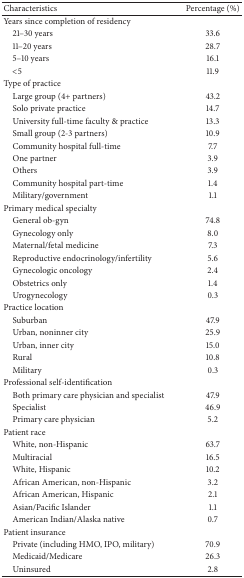
<table><thead><tr><td><b>Characteristics</b></td><td><b>Percentage (%)</b></td></tr></thead><tbody><tr><td>Years since completion of residency</td><td> </td></tr><tr><td> 21–30 years</td><td>33.6</td></tr><tr><td> 11–20 years</td><td>28.7</td></tr><tr><td> 5–10 years</td><td>16.1</td></tr><tr><td> &lt;5</td><td>11.9</td></tr><tr><td>Type of practice</td><td> </td></tr><tr><td> Large group (4+ partners)</td><td>43.2</td></tr><tr><td> Solo private practice</td><td>14.7</td></tr><tr><td> University full-time faculty &amp; practice</td><td>13.3</td></tr><tr><td> Small group (2-3 partners)</td><td>10.9</td></tr><tr><td> Community hospital full-time</td><td>7.7</td></tr><tr><td> One partner</td><td>3.9</td></tr><tr><td> Others</td><td>3.9</td></tr><tr><td> Community hospital part-time</td><td>1.4</td></tr><tr><td> Military/government</td><td>1.1</td></tr><tr><td>Primary medical specialty</td><td> </td></tr><tr><td> General ob-gyn</td><td>74.8</td></tr><tr><td> Gynecology only</td><td>8.0</td></tr><tr><td> Maternal/fetal medicine</td><td>7.3</td></tr><tr><td> Reproductive endocrinology/infertility</td><td>5.6</td></tr><tr><td> Gynecologic oncology</td><td>2.4</td></tr><tr><td> Obstetrics only</td><td>1.4</td></tr><tr><td> Urogynecology</td><td>0.3</td></tr><tr><td>Practice location</td><td> </td></tr><tr><td> Suburban</td><td>47.9</td></tr><tr><td> Urban, noninner city</td><td>25.9</td></tr><tr><td> Urban, inner city</td><td>15.0</td></tr><tr><td> Rural</td><td>10.8</td></tr><tr><td> Military</td><td>0.3</td></tr><tr><td>Professional self-identification</td><td> </td></tr><tr><td> Both primary care physician and specialist</td><td>47.9</td></tr><tr><td> Specialist</td><td>46.9</td></tr><tr><td> Primary care physician</td><td>5.2</td></tr><tr><td>Patient race</td><td> </td></tr><tr><td> White, non-Hispanic</td><td>63.7</td></tr><tr><td> Multiracial</td><td>16.5</td></tr><tr><td> White, Hispanic</td><td>10.2</td></tr><tr><td> African American, non-Hispanic</td><td>3.2</td></tr><tr><td> African American, Hispanic</td><td>2.1</td></tr><tr><td> Asian/Pacific Islander</td><td>1.1</td></tr><tr><td> American Indian/Alaska native</td><td>0.7</td></tr><tr><td>Patient insurance</td><td> </td></tr><tr><td> Private (including HMO, IPO, military)</td><td>70.9</td></tr><tr><td> Medicaid/Medicare</td><td>26.3</td></tr><tr><td> Uninsured</td><td>2.8</td></tr></tbody></table>